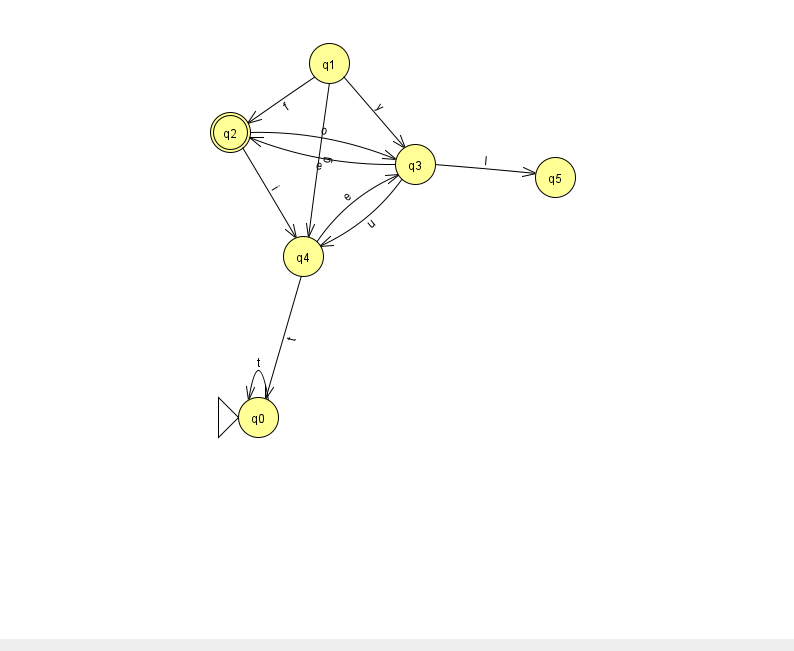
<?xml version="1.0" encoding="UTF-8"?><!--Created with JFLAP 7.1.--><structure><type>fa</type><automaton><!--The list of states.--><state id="0" name="q0"><x>258.0</x><y>404.0</y><initial/></state><state id="1" name="q1"><x>329.0</x><y>50.0</y></state><state id="2" name="q2"><x>230.0</x><y>119.0</y><final/></state><state id="3" name="q3"><x>415.0</x><y>151.0</y></state><state id="4" name="q4"><x>303.0</x><y>243.0</y></state><state id="5" name="q5"><x>555.0</x><y>164.0</y></state><!--The list of transitions.--><transition><from>2</from><to>4</to><read>i</read></transition><transition><from>3</from><to>5</to><read>I</read></transition><transition><from>0</from><to>0</to><read>t</read></transition><transition><from>3</from><to>2</to><read>e</read></transition><transition><from>1</from><to>2</to><read>f</read></transition><transition><from>1</from><to>3</to><read>y</read></transition><transition><from>4</from><to>0</to><read>t</read></transition><transition><from>3</from><to>4</to><read>u</read></transition><transition><from>4</from><to>3</to><read>e</read></transition><transition><from>1</from><to>4</to><read>g</read></transition><transition><from>2</from><to>3</to><read>o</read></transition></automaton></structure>